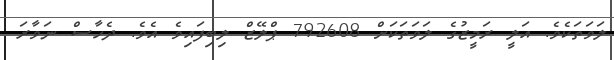
ލަވަތަކެވެ. އަލީ ރަމީޒުގެ ލަވަތަކަށް 792608 ޕްލޭޒް ލިބިފައިވެ އެވެ. ދެހާސް ނަވާރަ